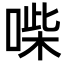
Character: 喍